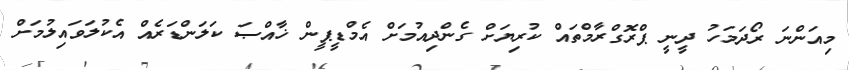
މިއަންނަ ރޯދަމަހު ދީނީ ޕްރޮގްރާމްތައް ކުރިޔަށް ގެންދިއުމަށް އެމްޑީޕީން ޚާއްޞަ ކަލަންޑަރެއް އެކުލަވައިލުމަށް